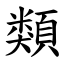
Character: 類